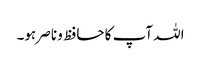
اللہ آپ کا حافظ و ناصر ہو۔